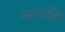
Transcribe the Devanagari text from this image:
महमडिं